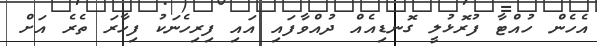
އެހެން ހުއްޓާ ފުރޮޅުލީ ގޮނޑިއެއް ދުއްވާފައި އައި ފިރިހެނަކު ފިހާރަ ތެރެ އަށް